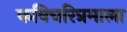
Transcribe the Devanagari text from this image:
कविचरित्रमाला